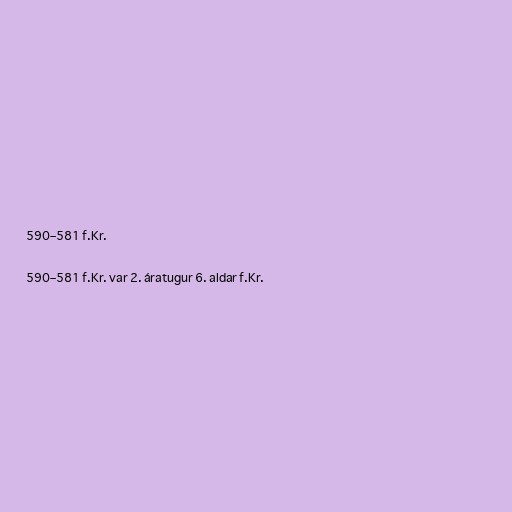
590–581 f.Kr.

590–581 f.Kr. var 2. áratugur 6. aldar f.Kr.